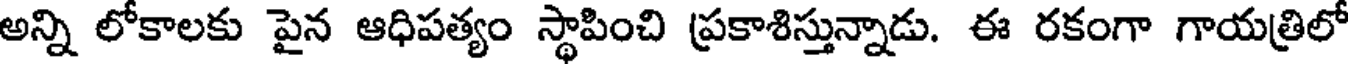
అన్ని లోకాలకు పైన ఆధిపత్యం స్థాపించి ప్రకాశిస్తున్నాడు. ఈ రకంగా గాయత్రిలో